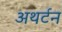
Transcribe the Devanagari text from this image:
अथर्टन